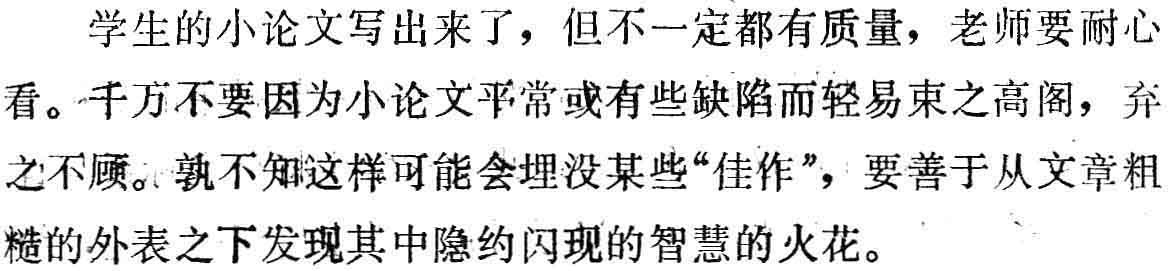
学生的小论文写出来了，但不一定都有质量，老师要耐心看。千万不要因为小论文平常或有些缺陷而轻易束之高阁，弃之不顾。孰不知这样可能会埋没某些“佳作”，要善于从文章粗糙的外表之下发现其中隐约闪现的智慧的火花。